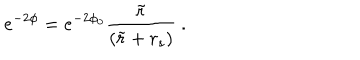
LaTeX: e ^ { - 2 \phi } = e ^ { - 2 \phi _ { 0 } } \frac { \tilde { r } } { ( \tilde { r } + r _ { s } ) } ~ .